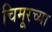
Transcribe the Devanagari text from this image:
चिमूरच्या